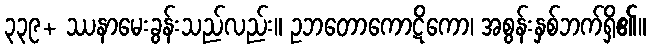
၃၃၉+ ဿနာမေးခွန်းသည်လည်း။ ဥဘတောကောဋိကော၊ အစွန်းနှစ်ဘက်ရှိ၏။